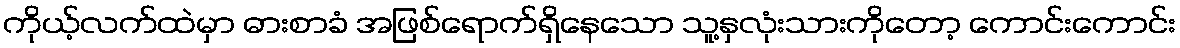
ကိုယ့်လက်ထဲမှာ ဓားစာခံ အဖြစ်ရောက်ရှိနေသော သူ့နှလုံးသားကိုတော့ ကောင်းကောင်း